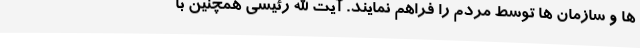
ها و سازمان ها توسط مردم را فراهم نمایند. آیت الله رئیسی همچنین با